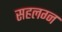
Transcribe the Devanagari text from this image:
सहलग्न